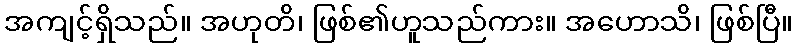
အကျင့်ရှိသည်။ အဟုတိ၊ ဖြစ်၏ဟူသည်ကား။ အဟောသိ၊ ဖြစ်ပြီ။